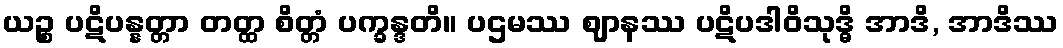
ယဉ္စ ပဋိပန္နတ္တာ တတ္ထ စိတ္တံ ပက္ခန္ဒတိ။ ပဌမဿ ဈာနဿ ပဋိပဒါဝိသုဒ္ဓိ အာဒိ, အာဒိဿ